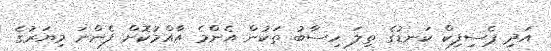
އަދި ޕެސިފިކް ކަނޑުގެ ތިލަ ހިސާބު ތަކުން އެންމެ އާއްމުކޮށް ފެންނަ މިޔަރުގެ